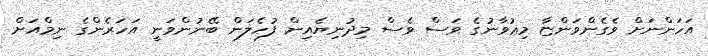
އަހަންނަށް ވެގެންވަންޏާ މިޢުވާނުގެ ވަސް ވެސް މިދުނިޔެއިން ފުހެލަން ބޭނުންވަނީ އަހަރެންގެ ނިމްއަށް